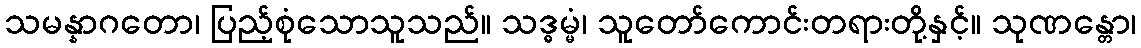
သမန္နာဂတော၊ ပြည့်စုံသောသူသည်။ သဒ္ဓမ္မံ၊ သူတော်ကောင်းတရားတို့နှင့်။ သုဏန္တော၊